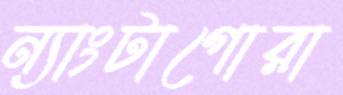
ন্যাংটাগোরা